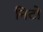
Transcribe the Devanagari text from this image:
निटो